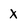
Character: x